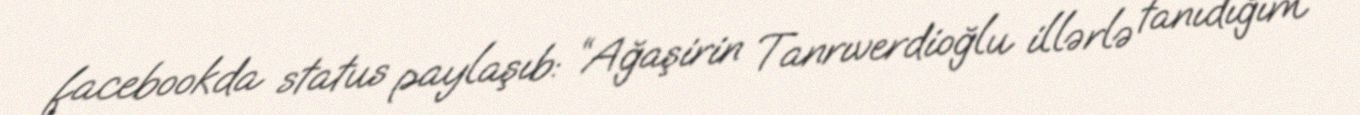
facebookda status paylaşıb: “Ağaşirin Tanrıverdioğlu illərlə tanıdığım